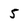
Character: 5